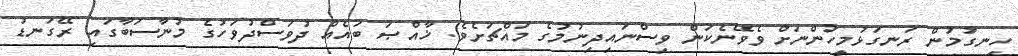
ހިނގުމުން ރަނގަޅުމީހުންނަށް ވެވޭނެކަން ވިސްނައިދިނުމުގެ މައްޗަށެވެ. ޚާއްޞަ ބައެއް ދުވަސްދުވަހުގެ މުނާސަބާގައި ރޭގަނޑު